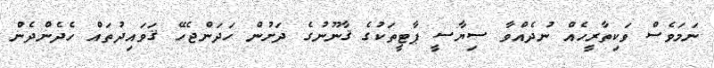
ނަމަވެސް ވަކިތާރީހެއް ނުދެއްވާ ސިޔާސީ ޕާޓީތަކުގެ ޤާނޫނުގެ ދަށުން ހަދަންޖެހޭ ޤަވައިދުތައް ހެދެންދެން